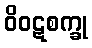
ဝိဝဋစက္ခု